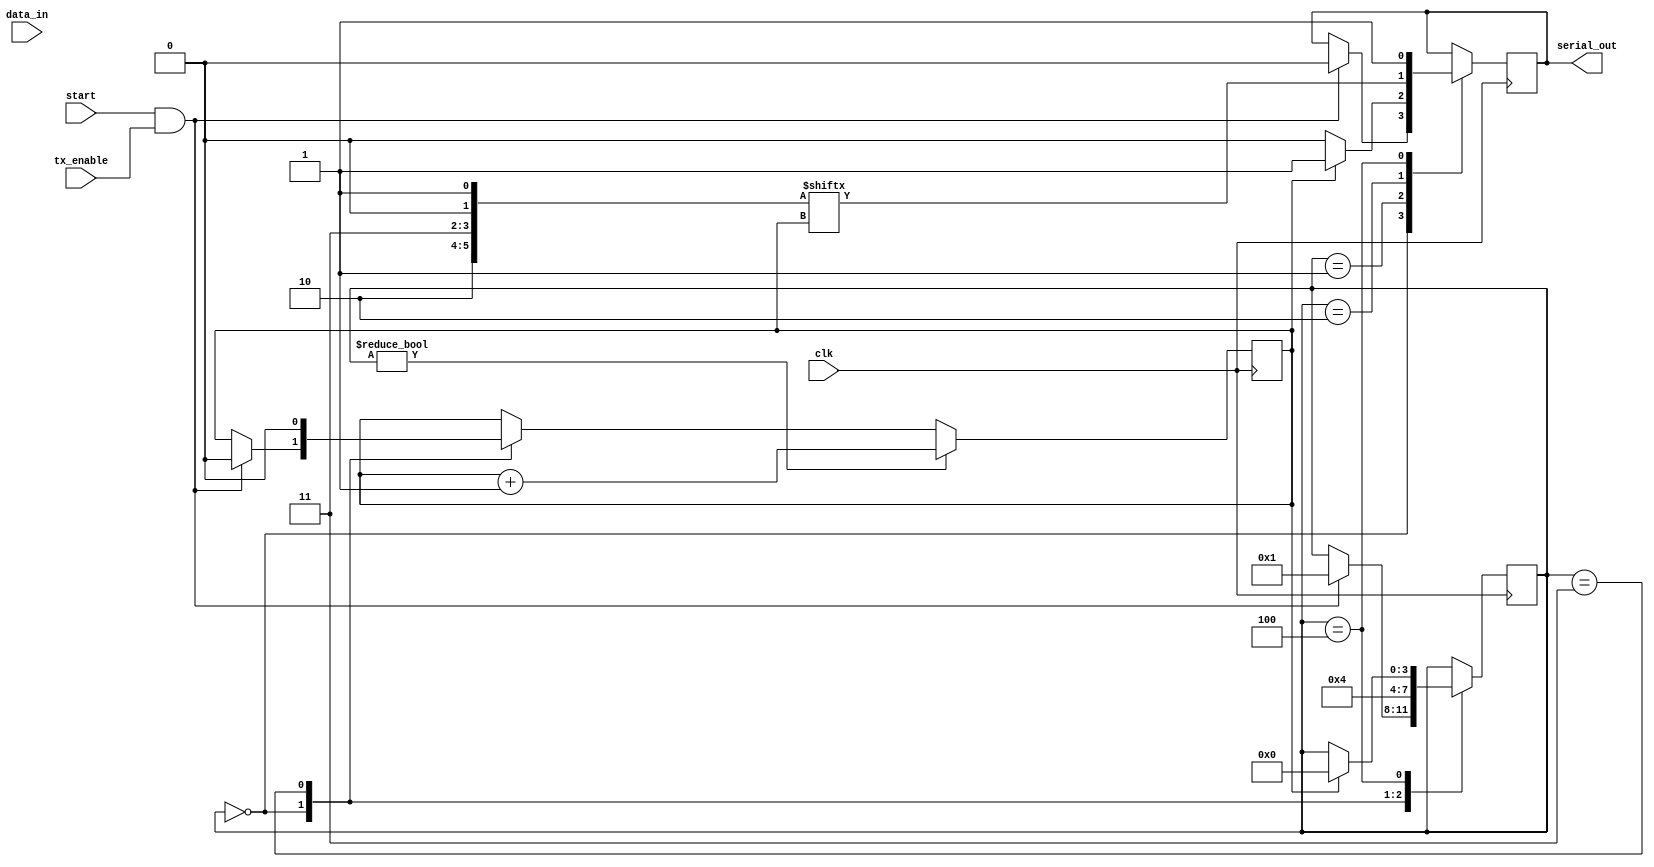
module UART_transmitter(
  input wire clk,
  input wire data_in,
  input wire start,
  input wire tx_enable,
  output reg serial_out
);

reg [7:0] data_reg;
reg [3:0] state;
reg bit_count;

parameter IDLE = 0;
parameter START_BIT = 1;
parameter DATA_BIT = 2;
parameter PARITY_BIT = 3;
parameter STOP_BIT = 4;

always @(posedge clk) begin
  case(state)
    IDLE: begin
      if(start && tx_enable) begin
        state <= START_BIT;
        bit_count <= 0;
        serial_out <= 0;
      end
    end
    START_BIT: begin
      if(bit_count == 0) begin
        serial_out <= 0;
      end
      else begin
        serial_out <= 1;
      end
      if(bit_count == 10) begin
        state <= DATA_BIT;
        bit_count <= 0;
      end
    end
    DATA_BIT: begin
      serial_out <= data_reg[bit_count];
      if(bit_count == 7) begin
        state <= PARITY_BIT;
        bit_count <= 0;
      end
    end
    PARITY_BIT: begin
      // Implement parity bit transmission if necessary
      state <= STOP_BIT;
      bit_count <= 0;
    end
    STOP_BIT: begin
      serial_out <= 1;
      if(bit_count == 1) begin
        state <= IDLE;
      end
    end
  endcase
  if(state != IDLE) begin
    bit_count <= bit_count + 1;
  end
end

endmodule